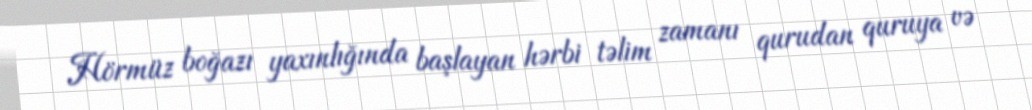
Hörmüz boğazı yaxınlığında başlayan hərbi təlim zamanı qurudan quruya və